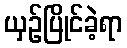
ယှဉ်ပြိုင်ခဲ့ရာ